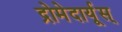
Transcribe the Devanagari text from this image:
द्रोमेदार्यूस्